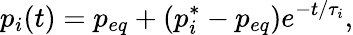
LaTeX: p_{i}(t)=p_{eq}+(p_{i}^{*}-p_{eq})e^{-t/\tau_{i}},